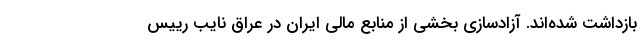
بازداشت شده‌اند. آزادسازی بخشی از منابع مالی ایران در عراق نایب رییس